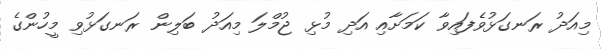
މިއަދު ރަނގަޅުވެފައިވާ ކަމަށާއި އަދި މުޅި ޖުމްލަ މިއަދު ބަލިން ރަނގަޅުވި މީހުންގެ